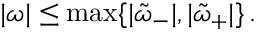
\begin{array} { r } { | \omega | \leq \operatorname* { m a x } \lbrace | \tilde { \omega } _ { - } | , | \tilde { \omega } _ { + } | \rbrace \, . } \end{array}